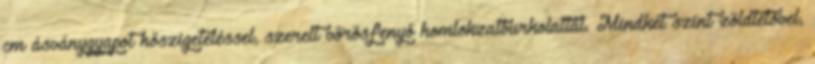
cm ásványgyapot hőszigeteléssel, szerelt vörösfenyő homlokzatburkolattal. Mindkét szint zöldtetővel,